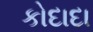
કોદાદા